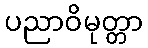
ပညာဝိမုတ္တာ